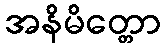
အနိမိတ္တော